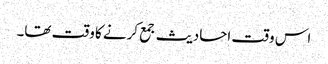
اس وقت احادیث جمع کرنے کا وقت تھا۔